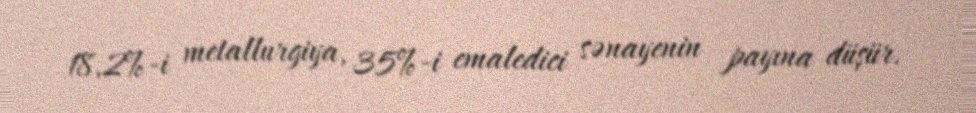
18,2%-i metallurgiya, 35%-i emaledici sənayenin payına düşür.